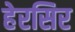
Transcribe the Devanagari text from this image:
हेरसिर